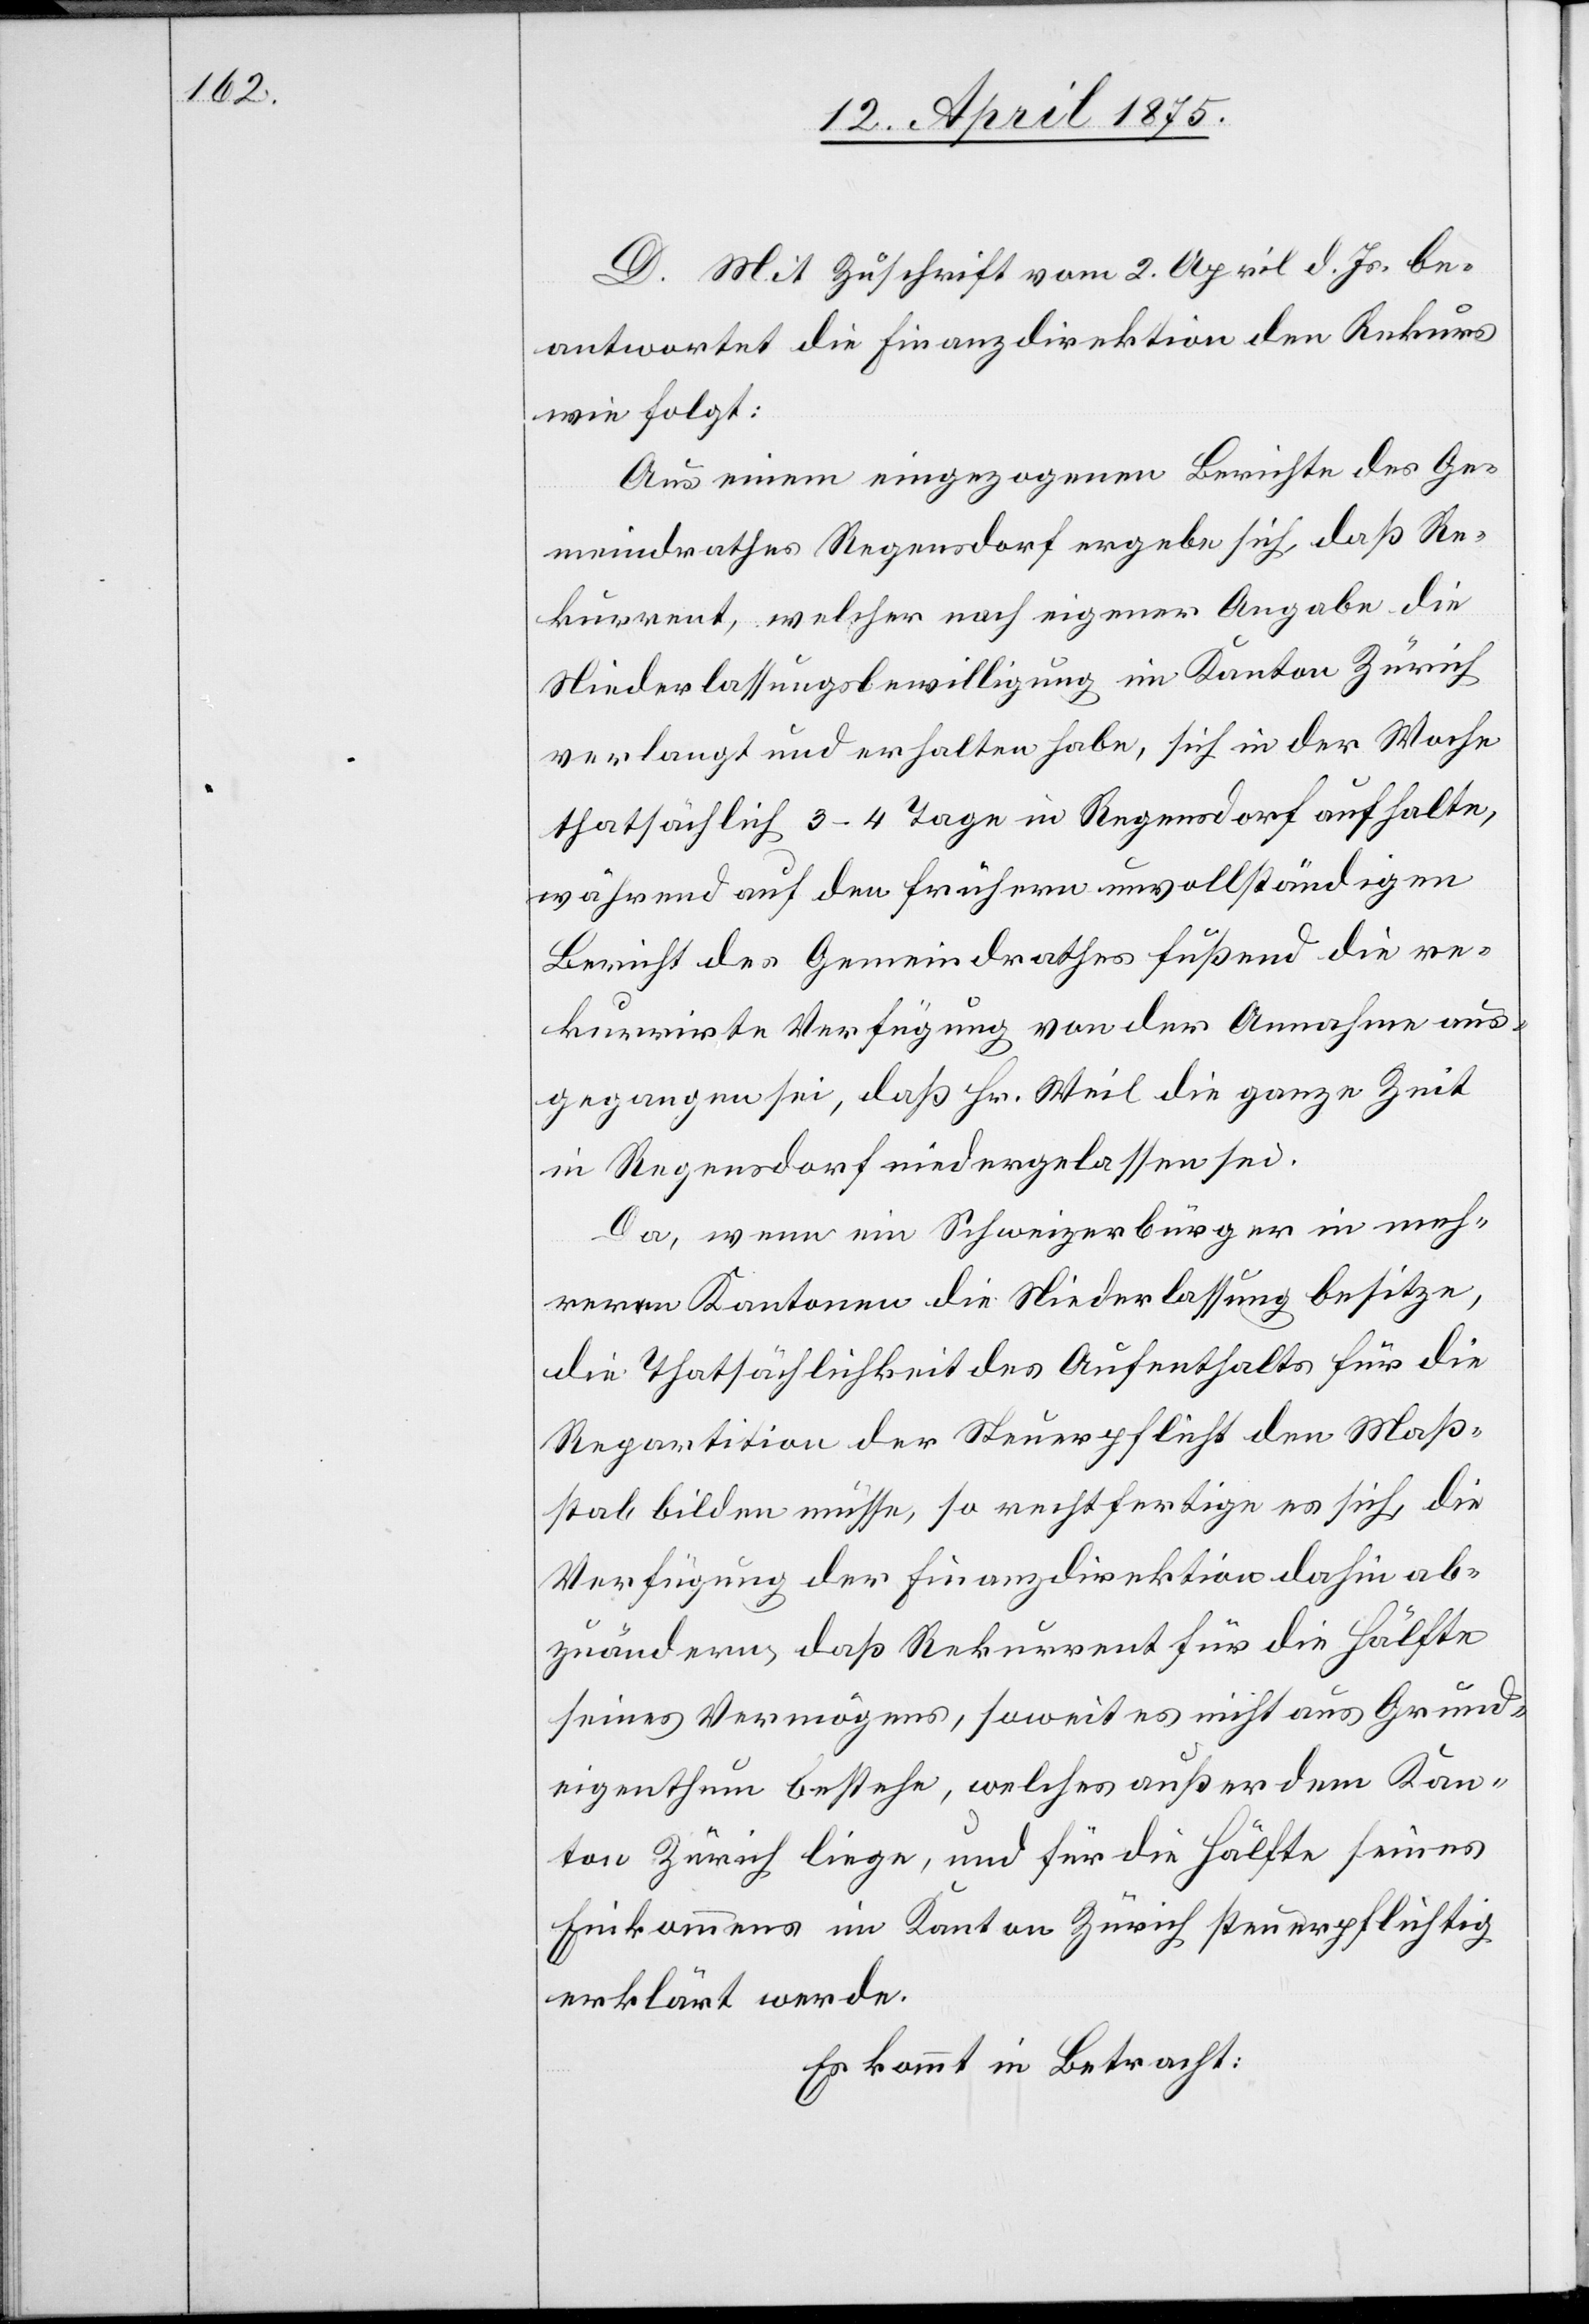
D. Mit Zuschrift vom 2. April d. Js be¬
antwortet die Finanzdirektion den Rekurs
wie folgt:
Aus einem eingezogenen Berichte des Ge¬
meindrathes Regensdorf ergebe sich, daß Re¬
kurrent, welcher nach eigener Angabe die
Niederlassungsbewilligung im Kanton Zürich
verlangt und erhalten habe, sich in der Woche
thatsächlich 3–4 Tage in Regensdorf aufhalte,
während auf den frühern unvollständigen
Bericht des Gemeindrathes fußend die re¬
kurrirte Verfügung von der Annahme aus¬
gegangen sei, daß Hr. Weil die ganze Zeit
in Regendorf niedergelassen sei.
Da, wenn ein Schweizerbürger in meh¬
reren Kantonen die Niederlassung besitze,
die Thatsächlichkeit des Aufenthaltes für die
Reparation der Steuerpflicht den Maß¬
stab bilden müsse, so rechtfertige es sich, die
Verfügung der Finanzdirektion dahin ab¬
zuändern, daß Rekurrent für die Hälfte
seines Vermögens, soweit es nicht aus Grund¬
eigenthum bestehe, welches außer dem Kan¬
ton Zürich liege, und für die Hälfte seines
Einkommens im Kanton Zürich steuerpflichtig
erklärt werde.
Es kommt in Betracht: